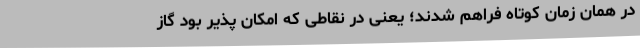
در همان زمان کوتاه فراهم شدند؛ یعنی در نقاطی که امکان پذیر بود گاز